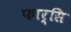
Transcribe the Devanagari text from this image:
फार्सि